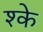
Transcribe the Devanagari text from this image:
श्के